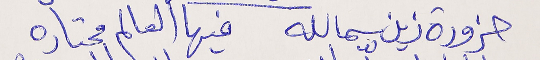
حزورة زين سمالله      فيها العالم محتاره